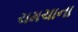
ચમચાના